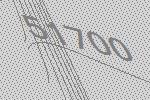
51700